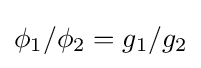
\phi _{1}/\phi _{2}=g_{1}/g_{2}